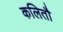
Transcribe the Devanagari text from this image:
कलितौ